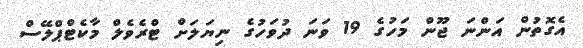
އެގޮތުން އަންނަ ޖޫން މަހުގެ 19 ވަނަ ދުވަހުގެ ނިޔަލަށް ޓްރެވެލް މާކެޓްޕްލޭސް